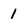
Character: 1